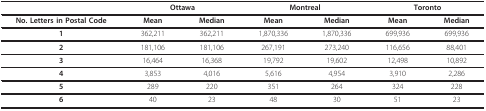
<table><thead><tr><td></td><td colspan="2"><b>Ottawa</b></td><td colspan="2"><b>Montreal</b></td><td colspan="2"><b>Toronto</b></td></tr></thead><tbody><tr><td><b>No. Letters in Postal Code</b></td><td><b>Mean</b></td><td><b>Median</b></td><td><b>Mean</b></td><td><b>Median</b></td><td><b>Mean</b></td><td><b>Median</b></td></tr><tr><td><b>1</b></td><td>362,211</td><td>362,211</td><td>1,870,336</td><td>1,870,336</td><td>699,936</td><td>699,936</td></tr><tr><td><b>2</b></td><td>181,106</td><td>181,106</td><td>267,191</td><td>273,240</td><td>116,656</td><td>88,401</td></tr><tr><td><b>3</b></td><td>16,464</td><td>16,368</td><td>19,792</td><td>19,602</td><td>12,498</td><td>10,892</td></tr><tr><td><b>4</b></td><td>3,853</td><td>4,016</td><td>5,616</td><td>4,954</td><td>3,910</td><td>2,286</td></tr><tr><td><b>5</b></td><td>289</td><td>220</td><td>351</td><td>264</td><td>324</td><td>228</td></tr><tr><td><b>6</b></td><td>40</td><td>23</td><td>48</td><td>30</td><td>51</td><td>23</td></tr></tbody></table>